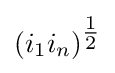
(i_{1}i_{n})^{\tfrac {1}{2}}